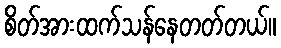
စိတ်အားထက်သန်နေတတ်တယ်။